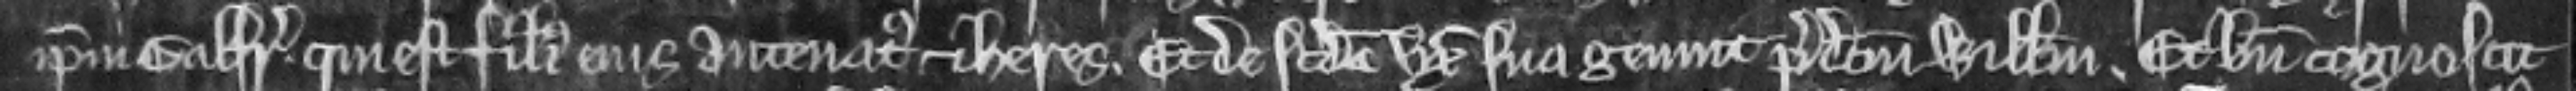
ipsum Galfridum qui est filius ejus antenatus et heres. et de secunda uxore sua genuit predictum Willelmum. Et bene cognoscit